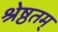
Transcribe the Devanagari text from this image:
श्रेष्ठतम्